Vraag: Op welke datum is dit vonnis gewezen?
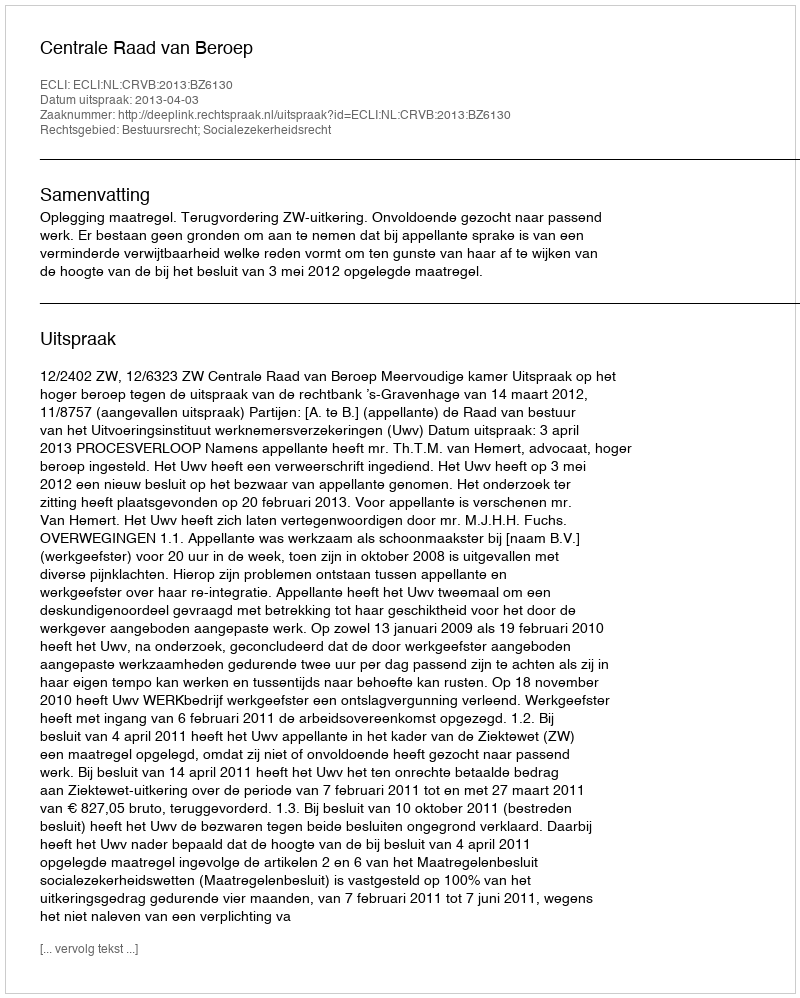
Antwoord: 2013-04-03